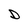
Character: D